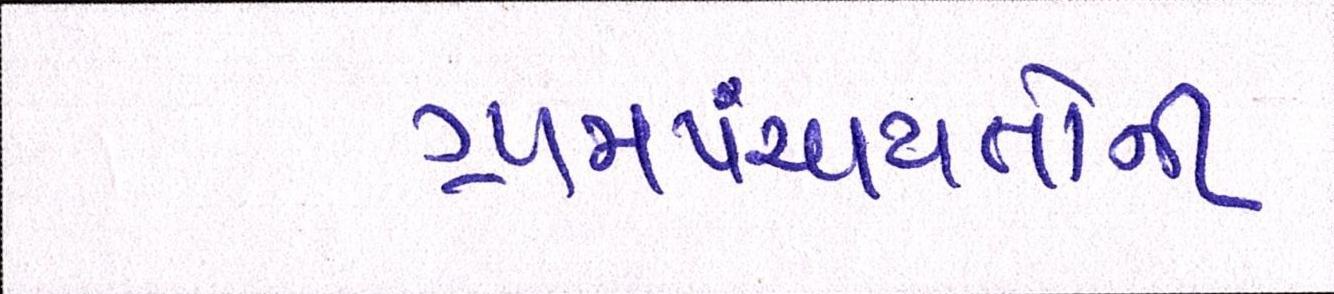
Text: ગ્રામપંચાયતોની